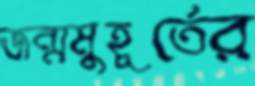
জন্মমুহূর্তের